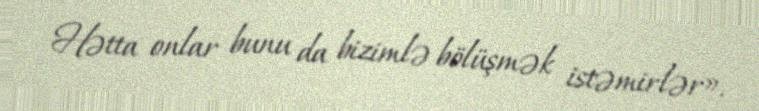
Hətta onlar bunu da bizimlə bölüşmək istəmirlər».